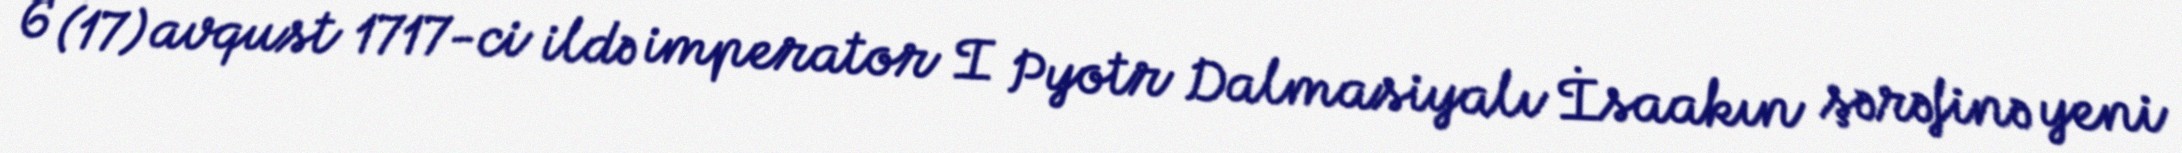
6 (17) avqust 1717-ci ildə imperator I Pyotr Dalmasiyalı İsaakın şərəfinə yeni